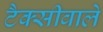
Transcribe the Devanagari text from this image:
टैक्सीवाले